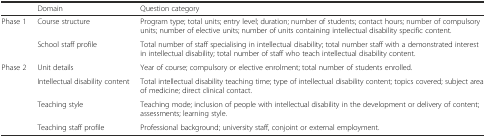
<table><thead><tr><td></td><td><b>Domain</b></td><td><b>Question category</b></td></tr></thead><tbody><tr><td rowspan="2">Phase 1</td><td>Course structure</td><td>Program type; total units; entry level; duration; number of students; contact hours; number of compulsory units; number of elective units; number of units containing intellectual disability specific content.</td></tr><tr><td>School staff profile</td><td>Total number of staff specialising in intellectual disability; total number staff with a demonstrated interest in intellectual disability; total number of staff who teach intellectual disability content.</td></tr><tr><td rowspan="4">Phase 2</td><td>Unit details</td><td>Year of course; compulsory or elective enrolment; total number of students enrolled.</td></tr><tr><td>Intellectual disability content</td><td>Total intellectual disability teaching time; type of intellectual disability content; topics covered; subject area of medicine; direct clinical contact.</td></tr><tr><td>Teaching style</td><td>Teaching mode; inclusion of people with intellectual disability in the development or delivery of content; assessments; learning style.</td></tr><tr><td>Teaching staff profile</td><td>Professional background; university staff, conjoint or external employment.</td></tr></tbody></table>